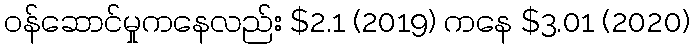
ဝန်ဆောင်မှုကနေလည်း $2.1 (2019) ကနေ $3.01 (2020)